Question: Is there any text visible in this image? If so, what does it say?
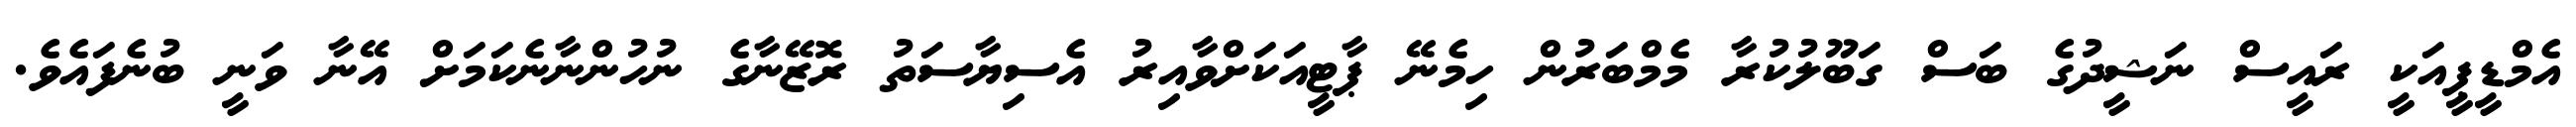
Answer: އެމްޑީޕީއަކީ ރައީސް ނަޝީދުގެ ބަސް ގަބޫލުކުރާ މެމްބަރުން ހިމެނޭ ޕާޓީއަކަށްވާއިރު އެސިޔާސަތު ރޮޒޭނާގެ ނުހުންނާނެކަމަށް އޭނާ ވަނީ ބުނެފައެވެ.